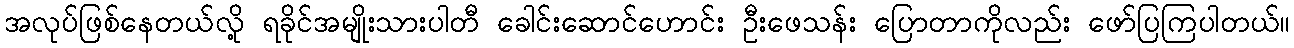
အလုပ်ဖြစ်နေတယ်လို့ ရခိုင်အမျိုးသားပါတီ ခေါင်းဆောင်ဟောင်း ဦးဖေသန်း ပြောတာကိုလည်း ဖော်ပြကြပါတယ်။